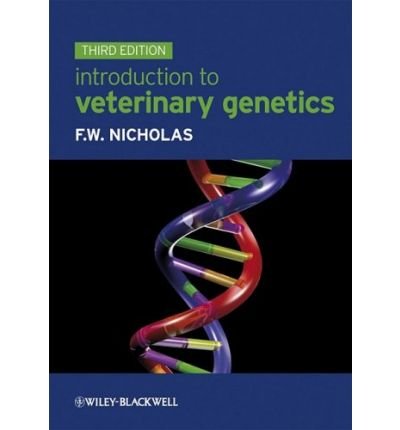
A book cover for [ Introduction to Veterinary Genetics - Greenlight ] By Nicholas, F W ( Author ) [ 2009 ) [ Paperback ]; F W Nicholas; Medical Books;